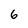
Character: 6